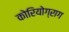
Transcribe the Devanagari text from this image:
कोरियोग्राग